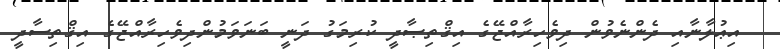
އިޢުލާނާއި ދެންނެވުން ދިވެހިރާއްޖޭގެ އިޤްތިޞާދީ ކުރިމަގު ދަނީ ބަނަވަމުންދިވެހިރާއްޖޭގެ އިޤްތިސާދީ